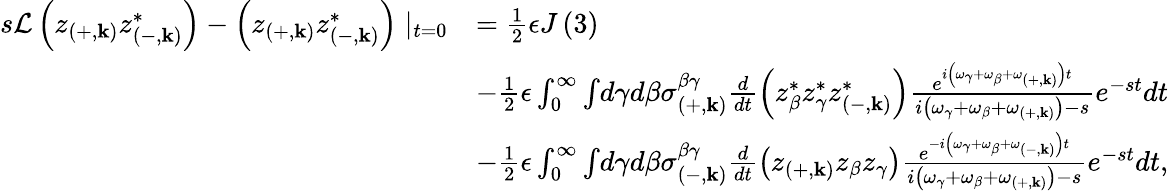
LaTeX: \begin{array}{rl}{s\mathcal{L}\left(z_{\left(+,\mathbf{k}\right)}z_{\left(-,\mathbf{k}\right)}^{*}\right)-\left(z_{\left(+,\mathbf{k}\right)}z_{\left(-,\mathbf{k}\right)}^{*}\right)\mid_{t=0}}&{=\frac{1}{2}\epsilon J\left(3\right)}\\ &{-\frac{1}{2}\epsilon\int_{0}^{\infty}\int\! d\gamma d\beta\sigma_{\left(+,\mathbf{k}\right)}^{\beta\gamma}\frac{d}{dt}\left(z_{\beta}^{*}z_{\gamma}^{*}z_{\left(-,\mathbf{k}\right)}^{*}\right)\frac{e^{i\left(\omega_{\gamma}+\omega_{\beta}+\omega_{\left(+,\mathbf{k}\right)}\right)t}}{i\left(\omega_{\gamma}+\omega_{\beta}+\omega_{\left(+,\mathbf{k}\right)}\right)-s}e^{-st}dt}\\ &{-\frac{1}{2}\epsilon\int_{0}^{\infty}\int\! d\gamma d\beta\sigma_{\left(-,\mathbf{k}\right)}^{\beta\gamma}\frac{d}{dt}\left(z_{\left(+,\mathbf{k}\right)}z_{\beta}z_{\gamma}\right)\frac{e^{-i\left(\omega_{\gamma}+\omega_{\beta}+\omega_{\left(-,\mathbf{k}\right)}\right)t}}{i\left(\omega_{\gamma}+\omega_{\beta}+\omega_{\left(+,\mathbf{k}\right)}\right)-s}e^{-st}dt,}\end{array}